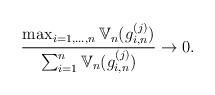
LaTeX: \begin{align*}\frac{\max_{i = 1, \hdots, {n}} \mathbb{V}_{n}(g_{i,{n}}^{(j)})}{\sum_{i = 1}^{n} \mathbb{V}_{n}(g_{i,{n}}^{(j)})} \to 0.\end{align*}